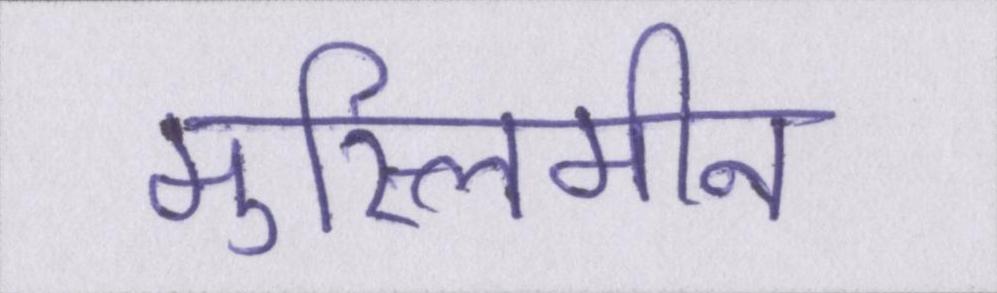
मुस्लिमीन